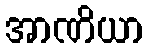
အာဏိယာ